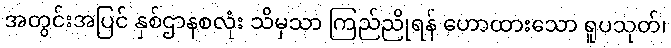
အတွင်းအပြင် နှစ်ဌာနစလုံး သိမှသာ ကြည်ညိုရန် ဟောထားသော ရူပသုတ်၊